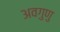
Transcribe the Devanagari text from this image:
अवगुणु